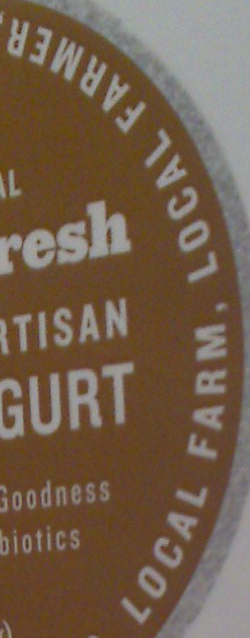
LOCAL FARM, LOCAL FARMER